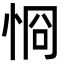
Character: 㤯